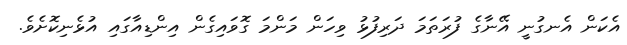
އެކަން އެނގުނީ އޭނާގެ ފުރަތަމަ ދަރިފުޅު ވިހަން މަންމަ ގޮވައިގެން އިންޑިއާގައި އުޅެނިކޮށެވެ.